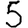
Digit: 5